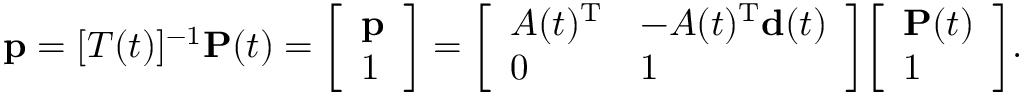
\mathbf { p } = [ T ( t ) ] ^ { - 1 } \mathbf { P } ( t ) = { \left[ \begin{array} { l } { \mathbf { p } } \\ { 1 } \end{array} \right] } = { \left[ \begin{array} { l l } { A ( t ) ^ { \mathrm { T } } } & { - A ( t ) ^ { \mathrm { T } } \mathbf { d } ( t ) } \\ { 0 } & { 1 } \end{array} \right] } { \left[ \begin{array} { l } { \mathbf { P } ( t ) } \\ { 1 } \end{array} \right] } .